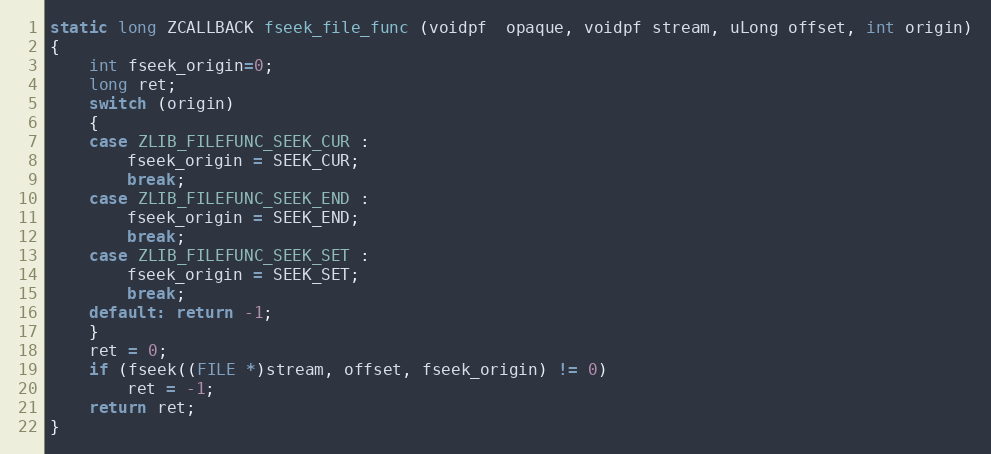
Language: C
static long ZCALLBACK fseek_file_func (voidpf  opaque, voidpf stream, uLong offset, int origin)
{
    int fseek_origin=0;
    long ret;
    switch (origin)
    {
    case ZLIB_FILEFUNC_SEEK_CUR :
        fseek_origin = SEEK_CUR;
        break;
    case ZLIB_FILEFUNC_SEEK_END :
        fseek_origin = SEEK_END;
        break;
    case ZLIB_FILEFUNC_SEEK_SET :
        fseek_origin = SEEK_SET;
        break;
    default: return -1;
    }
    ret = 0;
    if (fseek((FILE *)stream, offset, fseek_origin) != 0)
        ret = -1;
    return ret;
}